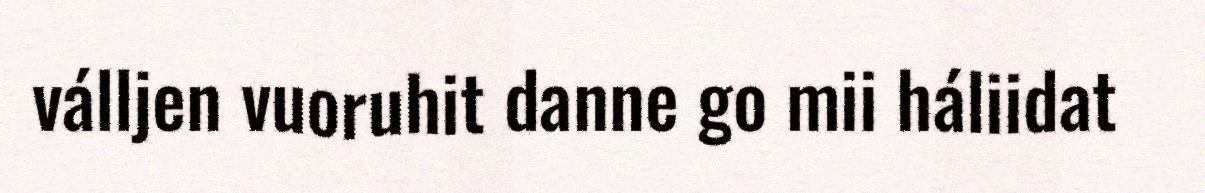
válljen vuoruhit danne go mii háliidat